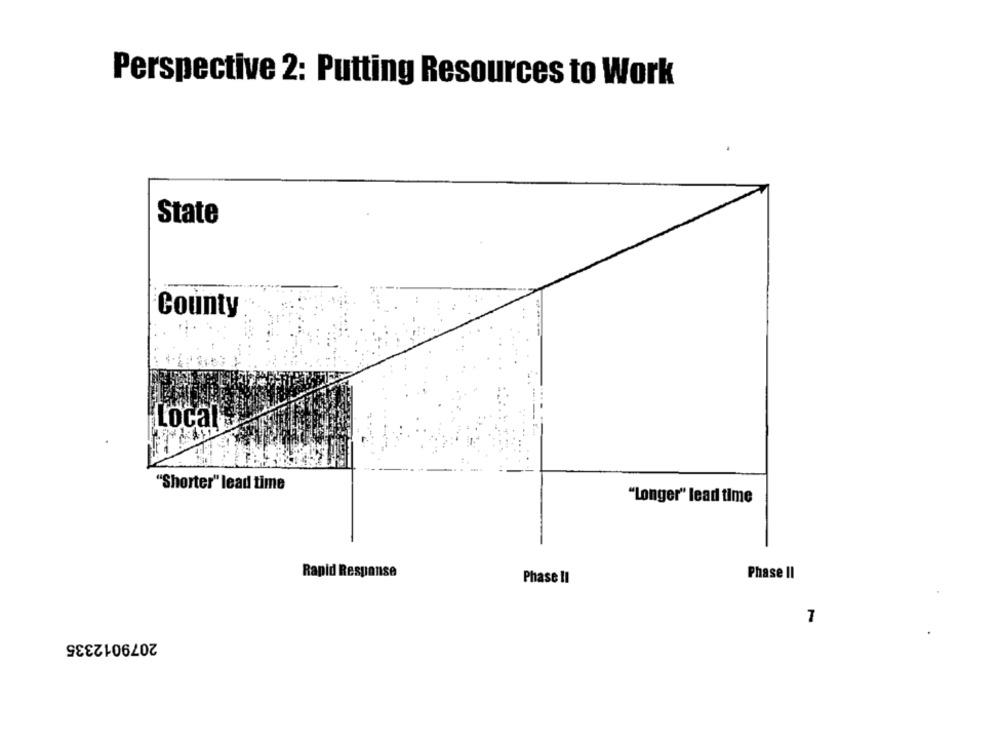
Perspective 2: Putting Resources to Work
State
County
Local
"Shorter" lead time
"Longer" lead time
Rapid Response
Phase II
Phase Il
7
2079012335